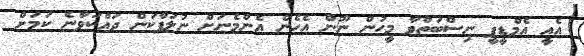
އެއީ އެމްޑީޕީ ނިސްބަތްވާ މީހުން ނޫން އެހެން އެންމެނަށް ނުލަފާކަން ދައްކަވާނެ ކަމަށް